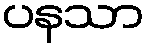
ပနသာ